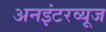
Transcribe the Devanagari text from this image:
अनइंटरव्यूज